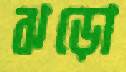
ঝড়ো